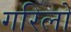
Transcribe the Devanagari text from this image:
गरिलो